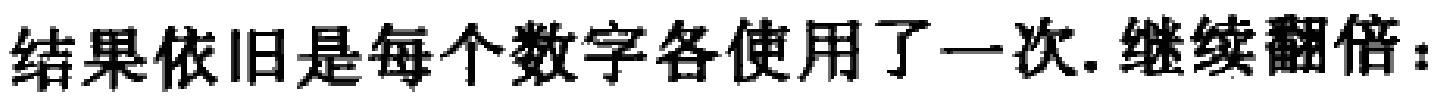
结果依旧是每个数字各使用了一次.继续翻倍：